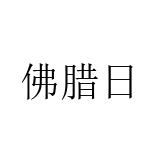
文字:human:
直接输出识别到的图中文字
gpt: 佛腊日